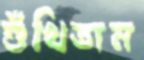
শুঁখিতাম